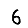
Digit: 6